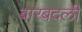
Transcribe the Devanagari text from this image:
बारबदली